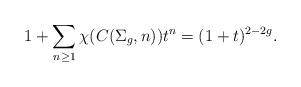
LaTeX: \begin{align*}1+ \sum_{n\ge 1} \chi(C(\Sigma_g,n)) t^n = (1+t)^{2-2g}.\end{align*}